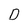
Character: D